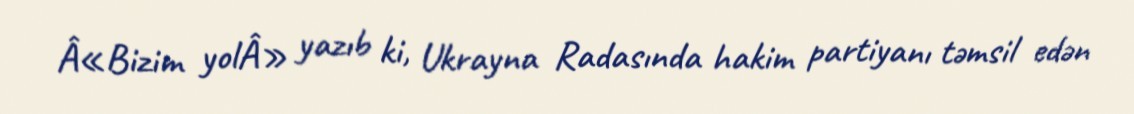
Â«Bizim yolÂ» yazıb ki, Ukrayna Radasında hakim partiyanı təmsil edən